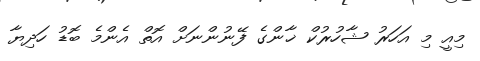
މިއީ މި އަހަރު ޝާހުރުކް ޚާންގެ ފޭނުންނަށް އޮތް އެންމެ ބޮޑު ހަދިޔާ